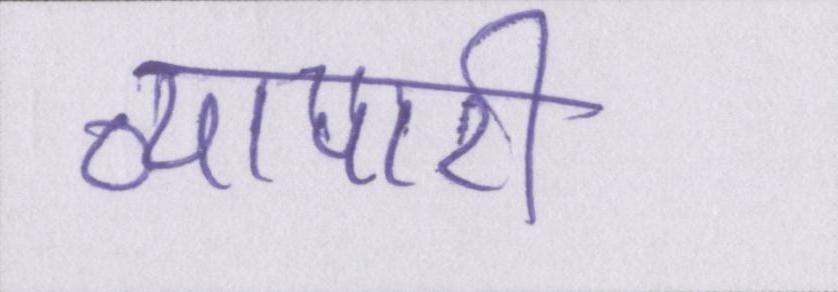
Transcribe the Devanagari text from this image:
व्यापारी